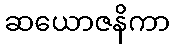
ဆယောဇနိကာ